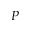
P